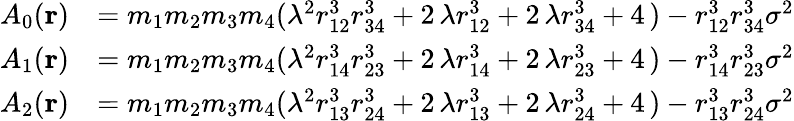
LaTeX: \begin{array}{rl}{A_{0}(\mathbf{r})}&{=m_{1}m_{2}m_{3}m_{4}(\lambda^{2}r_{12}^{3}r_{34}^{3}+2\, \lambda r_{12}^{3}+2\, \lambda r_{34}^{3}+4\, )-r_{12}^{3}r_{34}^{3}\sigma^{2}}\\ {A_{1}(\mathbf{r})}&{=m_{1}m_{2}m_{3}m_{4}(\lambda^{2}r_{14}^{3}r_{23}^{3}+2\, \lambda r_{14}^{3}+2\, \lambda r_{23}^{3}+4\, )-r_{14}^{3}r_{23}^{3}\sigma^{2}}\\ {A_{2}(\mathbf{r})}&{=m_{1}m_{2}m_{3}m_{4}(\lambda^{2}r_{13}^{3}r_{24}^{3}+2\, \lambda r_{13}^{3}+2\, \lambda r_{24}^{3}+4\, )-r_{13}^{3}r_{24}^{3}\sigma^{2}}\end{array}